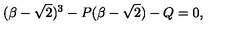
( \beta - \sqrt { 2 } ) ^ { 3 } - P ( \beta - \sqrt { 2 } ) - Q = 0 ,